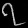
Digit: ၇